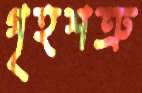
গৃহশত্রু